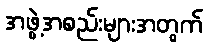
အဖွဲ့အစည်းများအတွက်